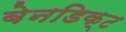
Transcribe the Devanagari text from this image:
बेनडिक्ट